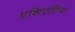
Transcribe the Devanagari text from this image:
एशिएटिक